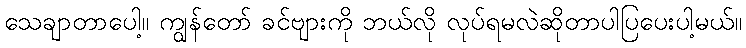
သေချာတာပေါ့။ ကျွန်တော် ခင်ဗျားကို ဘယ်လို လုပ်ရမလဲဆိုတာပါပြပေးပါ့မယ်။